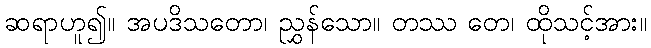
ဆရာဟူ၍။ အပဒိသတော၊ ညွှန်သော။ တဿ တေ၊ ထိုသင့်အား။